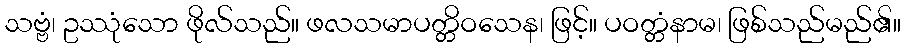
သဗ္ဗံ၊ ဥဿုံသော ဖိုလ်သည်။ ဖလသမာပတ္တိဝသေန၊ ဖြင့်။ ပဝတ္တံနာမ၊ ဖြစ်သည်မည်၏။